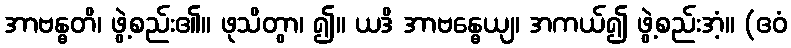
အာဗန္ဓတိ၊ ဖွဲ့စည်း၏။ ဖုသိတွာ၊ ၍။ ယဒိ အာဗန္ဓေယျ၊ အကယ်၍ ဖွဲ့စည်းအံ့။ (ဧဝံ